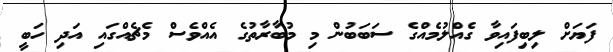
ފަޔަށް ލިބިފައިވާ ގެއްލުމެއްގެ ސަބަބުން މި މުބާރާތުގެ އެއްވެސް މެޗެއްގައި އަދި ހަބީ